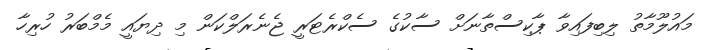
މައުލޫމާތު ލިބިފައިވާ ޕާކިސްތާނަށް ސާކުގެ ސެކްރެޓަރީ ޖެނެރަލްކަން މި ދިޔައީ މެމްބަރު ހުރިހާ